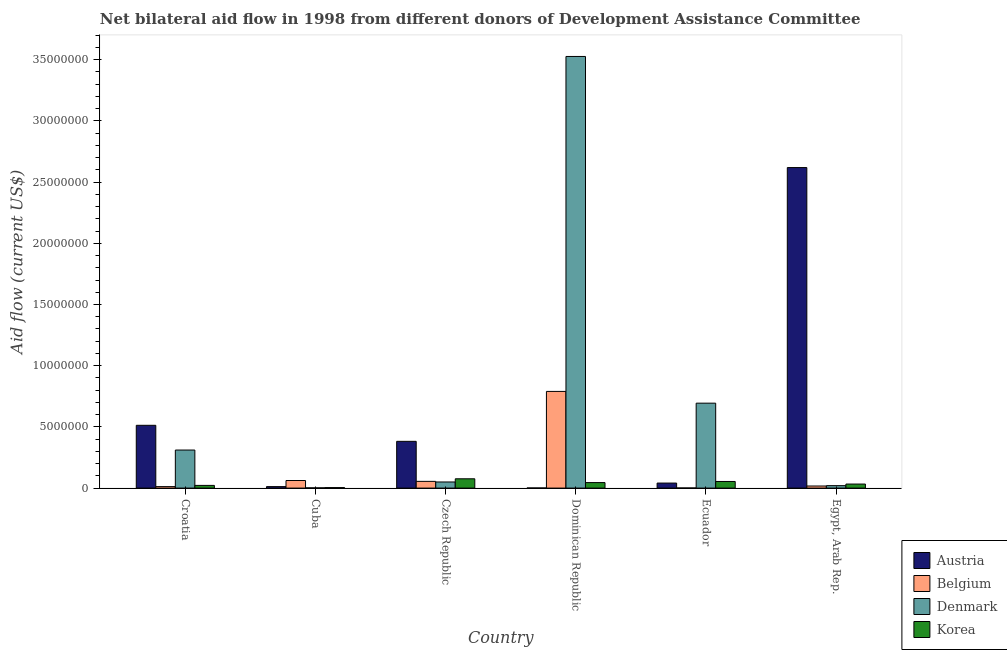
| Country | Austria | Belgium | Denmark | Korea |
 | --- | --- | --- | --- | --- |
 | Croatia | 5.13e+06 | 1.2e+05 | 3.11e+06 | 2.2e+05 |
 | Cuba | 1.2e+05 | 6.2e+05 | 2e+04 | 4e+04 |
 | Czech Republic | 3.82e+06 | 5.5e+05 | 5e+05 | 7.6e+05 |
 | Dominican Republic | 1e+04 | 7.9e+06 | 3.53e+07 | 4.5e+05 |
 | Ecuador | 4.1e+05 | 1e+04 | 6.94e+06 | 5.4e+05 |
 | Egypt, Arab Rep. | 2.62e+07 | 1.7e+05 | 2e+05 | 3.3e+05 |